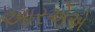
આરએએ